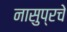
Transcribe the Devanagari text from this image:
नासुप्रचे